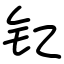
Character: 钇